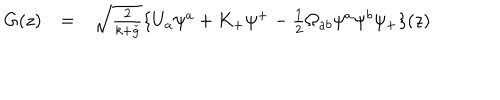
\begin{array} { l l l } { { G ( z ) } } & { { = } } & { { \sqrt { \frac { 2 } { k + \check { g } } } \{ U _ { a } \psi ^ { a } + K _ { + } \psi ^ { + } - \frac { 1 } { 2 } \Omega _ { a b } \psi ^ { a } \psi ^ { b } \psi _ { + } \} ( z ) } } \\ \end{array}